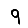
Digit: 9